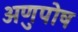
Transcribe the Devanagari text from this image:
अणुपोष